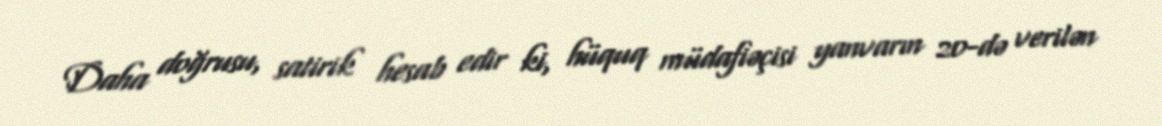
Daha doğrusu, satirik hesab edir ki, hüquq müdafiəçisi yanvarın 20-də verilən